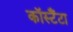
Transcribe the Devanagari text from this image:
कॉस्टैंटा